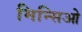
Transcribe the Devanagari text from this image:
मिन्सिओ